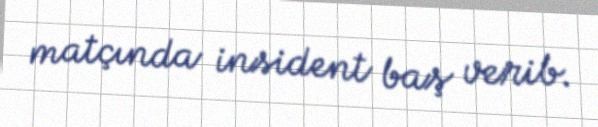
matçında insident baş verib.